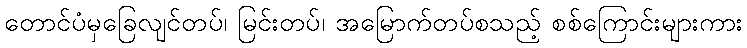
တောင်ပံမှခြေလျင်တပ်၊ မြင်းတပ်၊ အမြောက်တပ်စသည့် စစ်ကြောင်းများကား